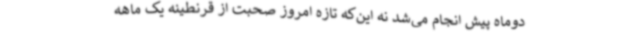
دوماه پیش انجام می‌شد نه این‌که تازه امروز صحبت از قرنطینه یک ماهه